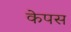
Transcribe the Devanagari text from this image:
केपस